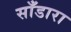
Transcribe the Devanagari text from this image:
साँडारा